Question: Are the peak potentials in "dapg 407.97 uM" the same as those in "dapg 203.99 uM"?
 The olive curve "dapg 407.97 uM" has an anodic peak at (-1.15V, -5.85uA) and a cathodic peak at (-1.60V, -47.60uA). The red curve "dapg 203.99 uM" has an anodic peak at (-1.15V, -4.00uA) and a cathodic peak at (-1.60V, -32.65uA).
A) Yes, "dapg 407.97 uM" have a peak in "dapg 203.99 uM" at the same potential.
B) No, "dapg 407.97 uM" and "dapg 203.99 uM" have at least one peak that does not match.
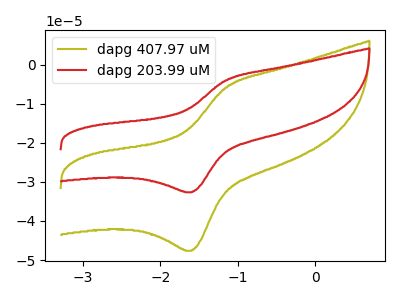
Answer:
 <answer>A) Yes, "dapg 407.97 uM" have a peak in "dapg 203.99 uM" at the same potential.</answer>
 <eval>A</eval>